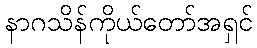
နာဂသိန်ကိုယ်တော်အရှင်